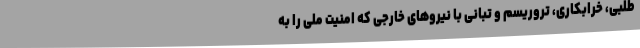
طلبی، خرابکاری، تروریسم و تبانی با نیروهای خارجی که امنیت ملی را به